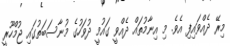
މިރޭ ދެއްވައިފި އެވެ. މި އިނާމުތައް ދެއްވީ ގައުމީ ދުވަހުގެ މުނާސަބަތުގައި ޖުމްހޫރީ